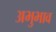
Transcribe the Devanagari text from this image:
अभुभाव